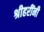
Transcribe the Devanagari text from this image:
श्रीहरींनी